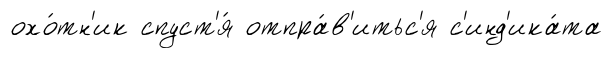
охо́тн'ик спуст'я́ отпра́в'итьс'я с'инд'ика́та